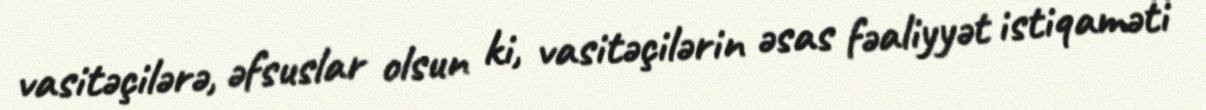
vasitəçilərə, əfsuslar olsun ki, vasitəçilərin əsas fəaliyyət istiqaməti